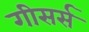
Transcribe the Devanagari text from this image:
गीसर्स